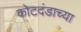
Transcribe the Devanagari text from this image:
कोटदंडाच्या